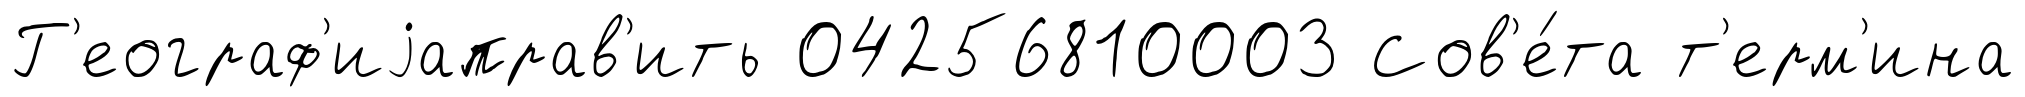
Г'еограф'иjаправ'ить 04256810003 Сов'е́та т'ерм'ина